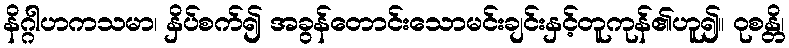
နိဂ္ဂါဟကသမာ၊ နှိပ်စက်၍ အခွန်တောင်းသောမင်းချင်းနှင့်တူကုန်၏ဟူ၍။ ဝုစန္တိ၊